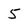
Character: 5